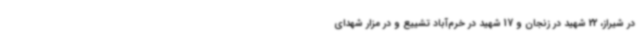
در شیراز، 22 شهید در زنجان و 17 شهید در خرم‌آباد تشییع و در مزار شهدای